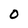
Character: O